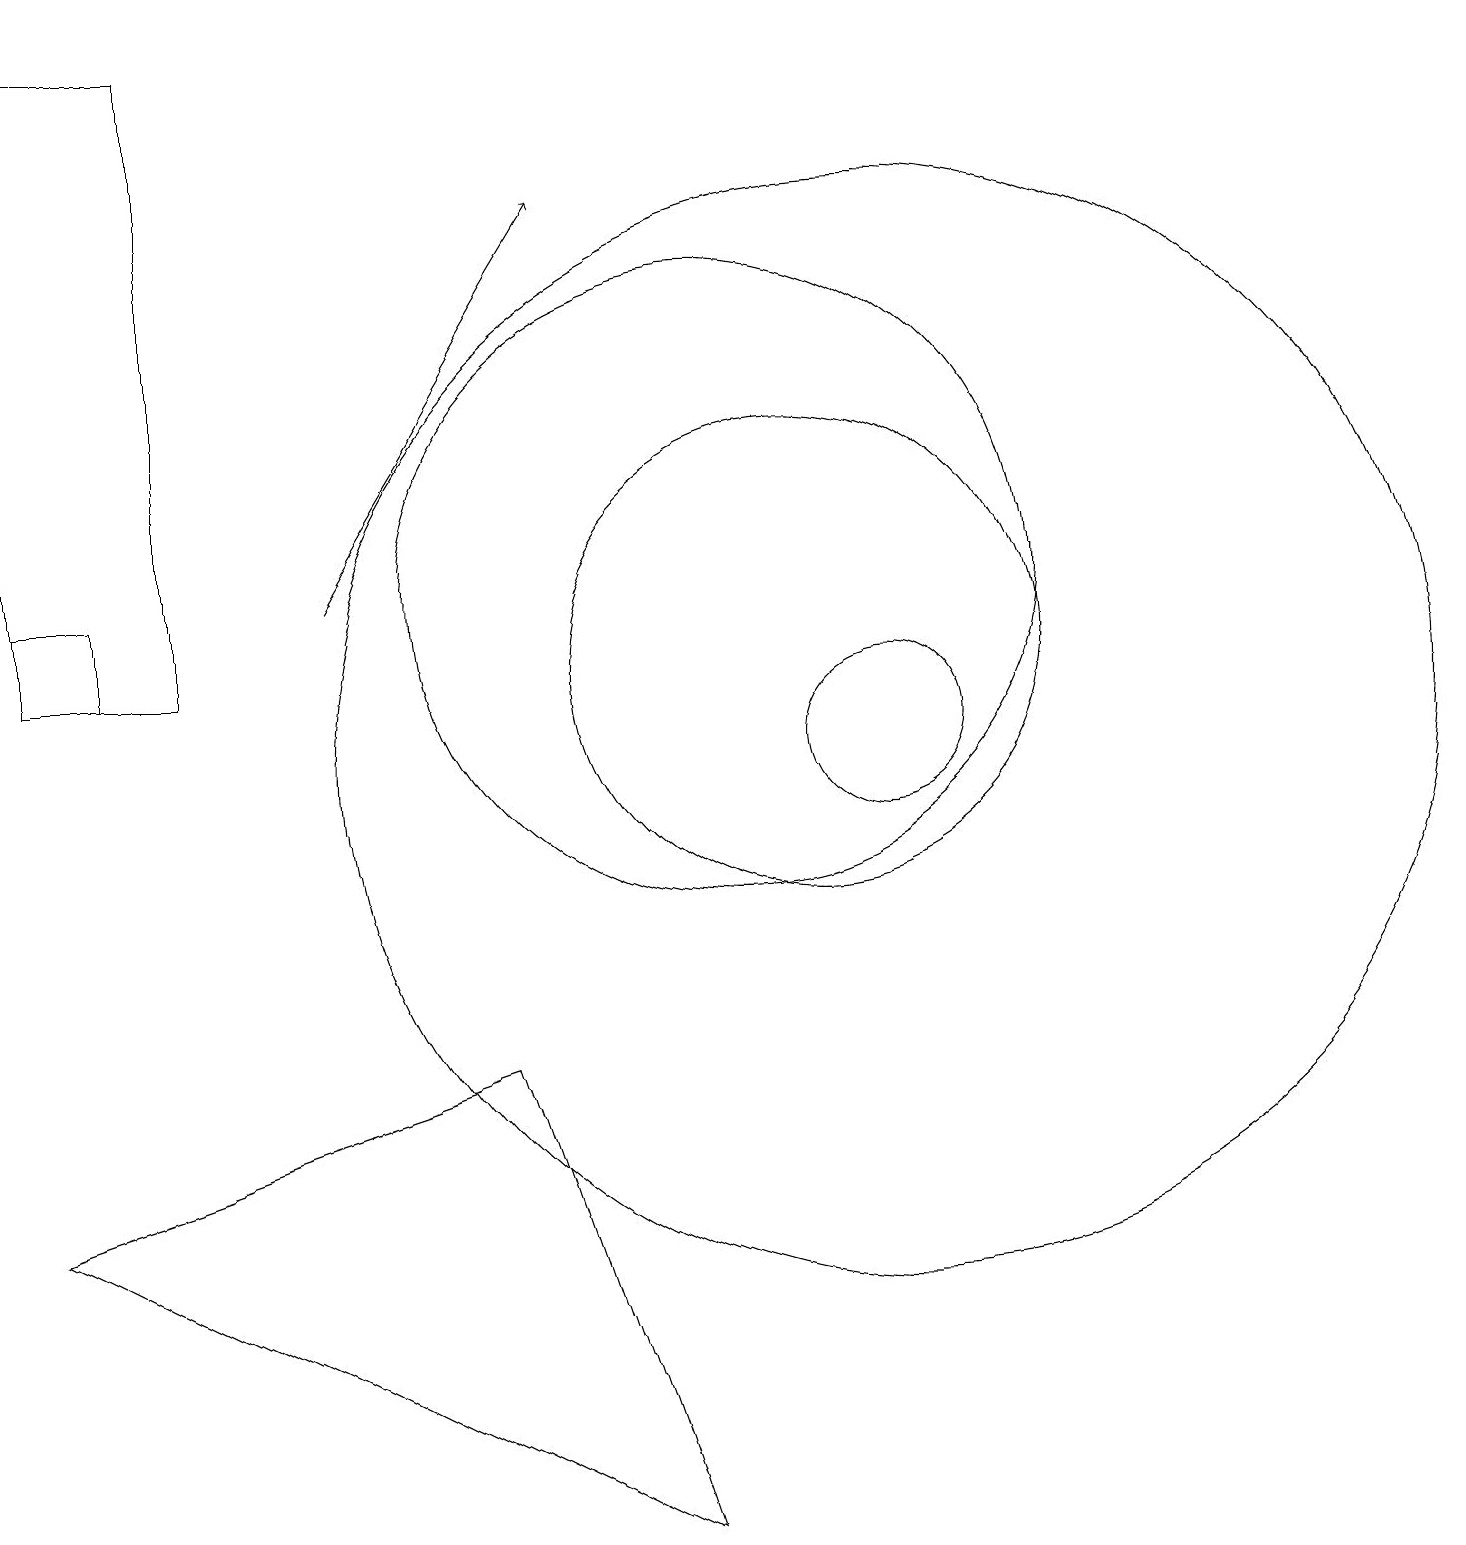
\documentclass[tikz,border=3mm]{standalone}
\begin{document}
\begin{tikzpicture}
\draw (10,12) circle (4);
\draw (1,19) rectangle (3,11);
\draw (12,10) circle (1);
\draw (2,11) rectangle (1,12);
\draw (12,10) circle (7);
\draw[->] (5,12) -- (8,17);
\draw (9,0) -- (1,4) -- (7,6) -- cycle;
\draw (11,11) circle (3);
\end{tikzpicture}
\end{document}